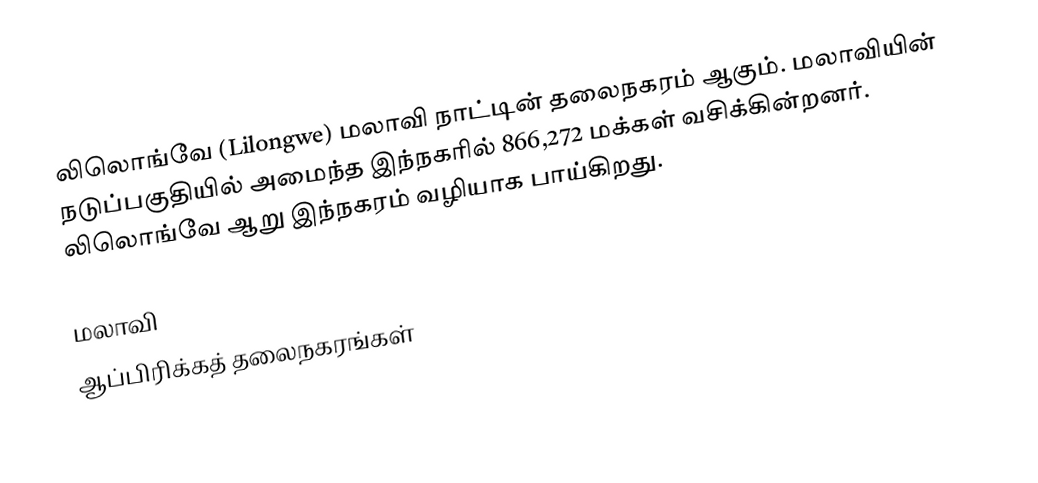
லிலொங்வே (Lilongwe) மலாவி நாட்டின் தலைநகரம் ஆகும். மலாவியின் நடுப்பகுதியில் அமைந்த இந்நகரில் 866,272 மக்கள் வசிக்கின்றனர். லிலொங்வே ஆறு இந்நகரம் வழியாக பாய்கிறது.

மலாவி
ஆப்பிரிக்கத் தலைநகரங்கள்